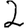
Digit: 2